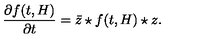
\frac { \partial f ( t , H ) } { \partial t } = { \bar { z } } \star f ( t , H ) \star z .